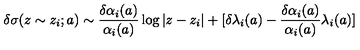
\delta \sigma ( z \sim z _ { i } ; a ) \sim { \frac { \delta \alpha _ { i } ( a ) } { \alpha _ { i } ( a ) } } \log | z - z _ { i } | + [ \delta \lambda _ { i } ( a ) - { \frac { \delta \alpha _ { i } ( a ) } { \alpha _ { i } ( a ) } } \lambda _ { i } ( a ) ]